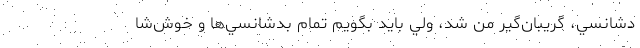
دشانسي، گريبان‌گير من شد، ولي بايد بگويم تمام بدشانسي‌ها و خوش‌شا